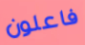
فاعلون